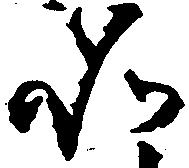
如